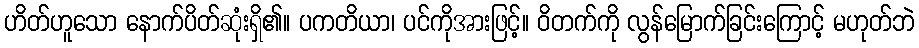
ဟိတ်ဟူသော နောက်ပိတ်ဆုံးရှိ၏။ ပကတိယာ၊ ပင်ကိုအားဖြင့်။ ဝိတက်ကို လွန်မြောက်ခြင်းကြောင့် မဟုတ်ဘဲ